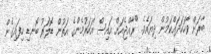
ބާރަށް ވާހަކަދައްކަމުން ދިޔައެވެ. "ރާއްޖެއަށް އައިސް އަހަރުމެންގެ އަތުން ޑޮލަރު ބޮނޑި ހިފައިގެން